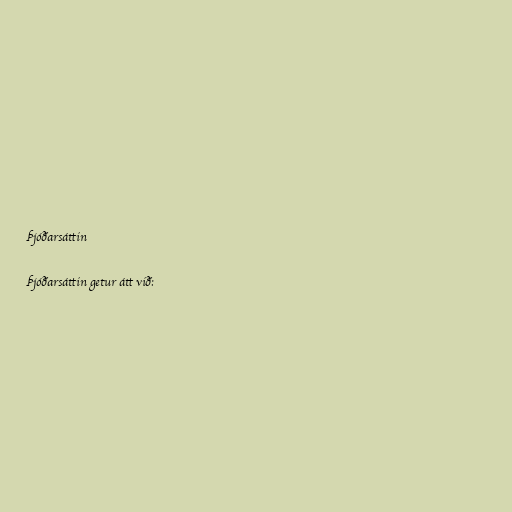
Þjóðarsáttin

Þjóðarsáttin getur átt við: